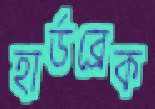
হার্ডব্রেক